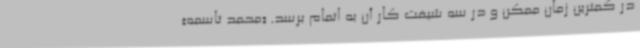
در کمترین زمان ممکن و در سه شیفت کار آن به اتمام برسد. «محمد تاسمه»